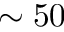
\sim 5 0